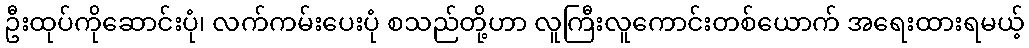
ဦးထုပ်ကိုဆောင်းပုံ၊ လက်ကမ်းပေးပုံ စသည်တို့ဟာ လူကြီးလူကောင်းတစ်ယောက် အရေးထားရမယ့်